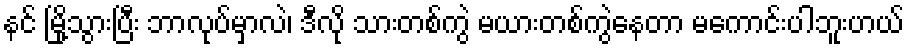
နင် မြို့သွားပြီး ဘာလုပ်မှာလဲ၊ ဒီလို သားတစ်ကွဲ မယားတစ်ကွဲနေတာ မကောင်းပါဘူးဟယ်